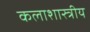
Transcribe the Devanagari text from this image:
कलाशास्त्रीय